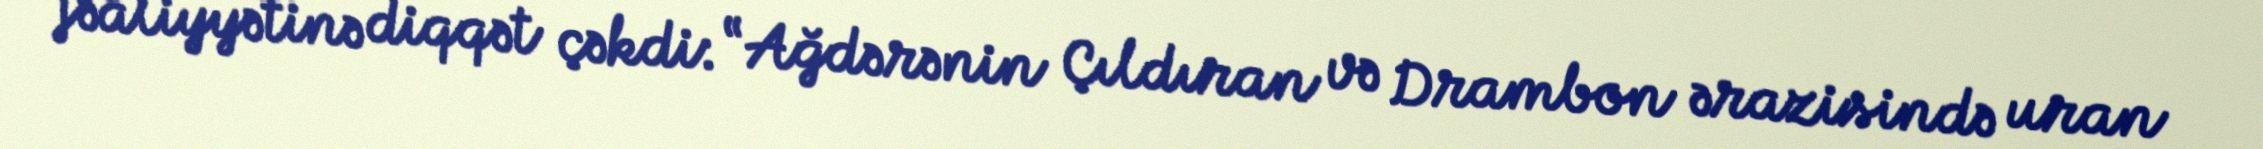
fəaliyyətinə diqqət çəkdi: “Ağdərənin Çıldıran və Drambon ərazisində uran